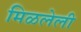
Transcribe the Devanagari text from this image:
मिळलेली